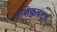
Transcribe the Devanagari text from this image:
नाशिकबद्दल